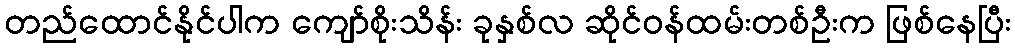
တည်ထောင်နိုင်ပါက ကျော်စိုးသိန်း ခုနှစ်လ ဆိုင်ဝန်ထမ်းတစ်ဦးက ဖြစ်နေပြီး